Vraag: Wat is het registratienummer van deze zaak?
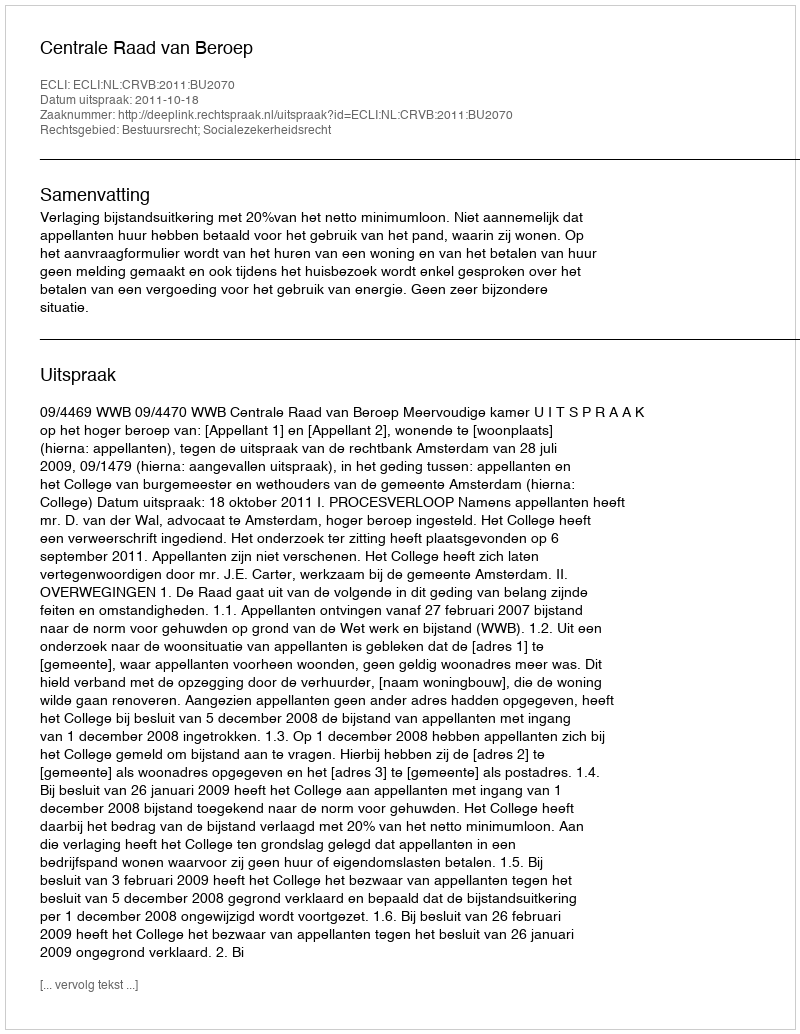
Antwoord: http://deeplink.rechtspraak.nl/uitspraak?id=ECLI:NL:CRVB:2011:BU2070